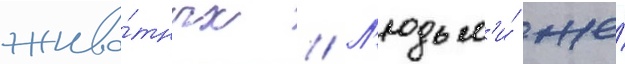
живо́тных // Л'юдьм'и́ же́